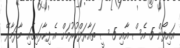
އައިފޯން 5 އެސް އާއި 5 ސީ ތައާރަފްކުރުމަށް އެ ފިހާރައިގައި މާދަމާރޭ